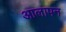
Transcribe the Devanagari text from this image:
आलापन